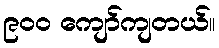
၉၀၀ ကျော်ကျတယ်။